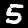
Digit: 5